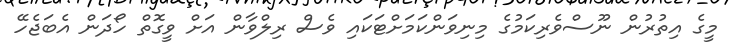
މީގެ އިތުރުން ނޫސްވެރިކަމުގެ މިނިވަންކަމަށްޓަކައި ވެސް ރިލްވާން އަށް ވީގޮތް ހޯދަން އެބަޖެހޭ